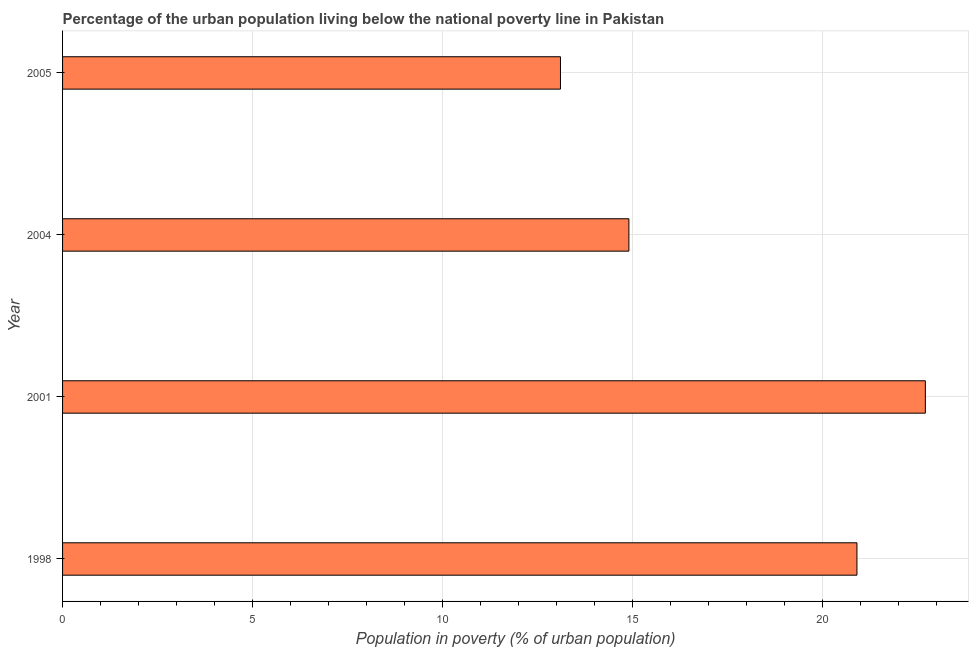
| Year | Urban poverty headcount ratio |
 | --- | --- |
 | 1998 | 20.9 |
 | 2001 | 22.7 |
 | 2004 | 14.9 |
 | 2005 | 13.1 |